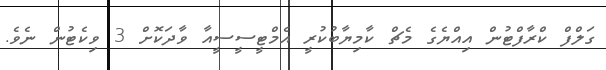
ގަލްފް ކްރާފްޓުން އިއްޔެގެ މެޗް ކާމިޔާބުކުރީ އެމްޓީސީސީއާ ވާދަކޮށް 3 ވިކެޓުން ނެވެ.